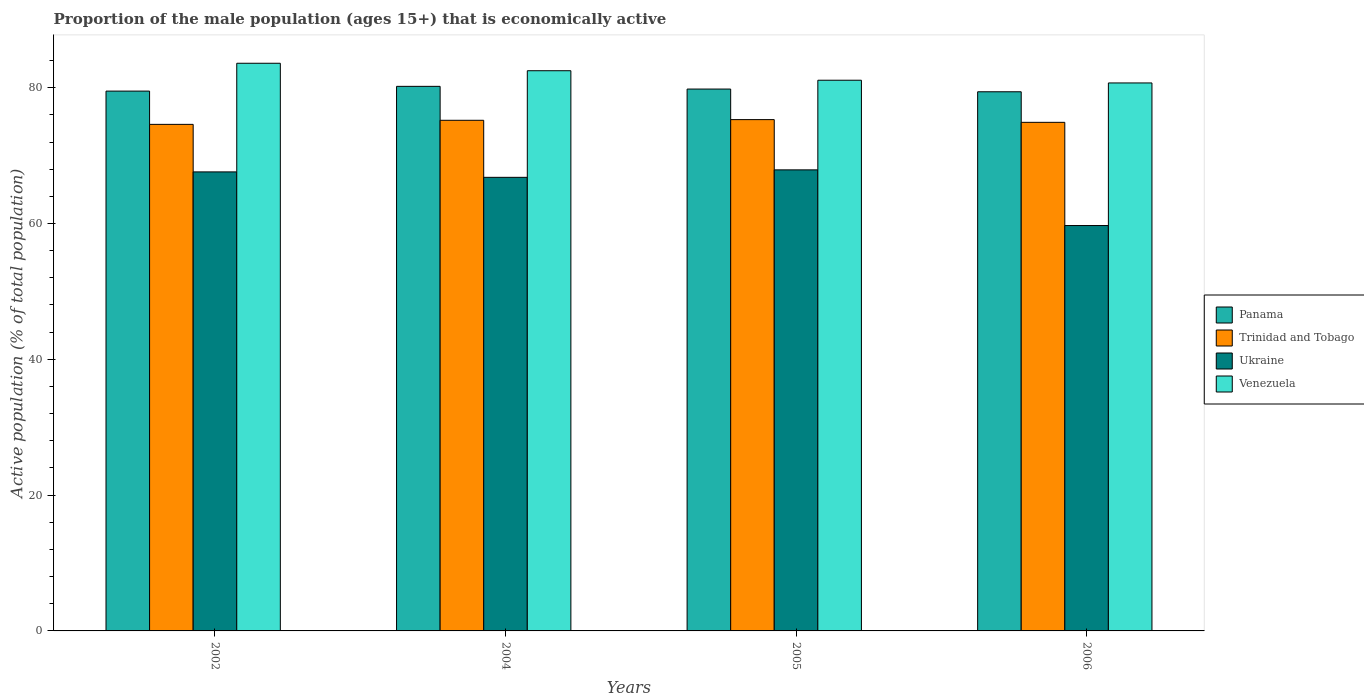
| Years | Panama | Trinidad and Tobago | Ukraine | Venezuela |
 | --- | --- | --- | --- | --- |
 | 2002 | 79.5 | 74.6 | 67.6 | 83.6 |
 | 2004 | 80.2 | 75.2 | 66.8 | 82.5 |
 | 2005 | 79.8 | 75.3 | 67.9 | 81.1 |
 | 2006 | 79.4 | 74.9 | 59.7 | 80.7 |